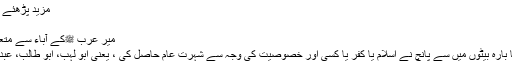
مزید پڑھئے اور تبصرہ کیجئے »
سبق آموز,
میرِ عرب ﷺکے آباء سے متعلق ایک شاندار واقعہ:
عبدالمطلب کے دس یا بارہ بیٹوں میں سے پانچ نے اسلام یا کفر یا کسی اور خصوصیت کی وجہ سے شہرت عام حاصل کی ، یعنی ابو لہب، ابو طالب، عبداللہ، حمزہ اور عباس۔